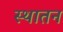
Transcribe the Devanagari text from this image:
स्थातन